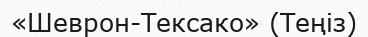
«Шеврон-Тексако» (Теңіз)